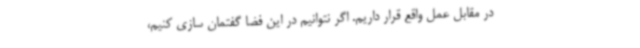
در مقابل عمل واقع قرار داریم. اگر نتوانیم در این فضا گفتمان سازی کنیم،